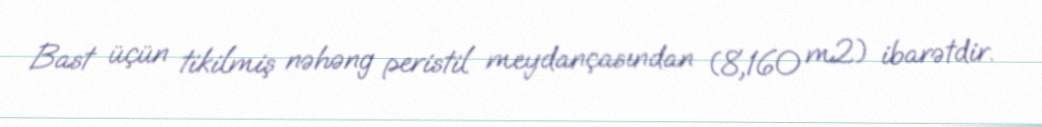
Bast üçün tikilmiş nəhəng peristil meydançasından (8,160 m2) ibarətdir.